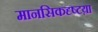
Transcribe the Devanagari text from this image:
मानसिकदृष्टय़ा